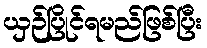
ယှဉ်ပြိုင်ရမည်ဖြစ်ပြီး